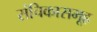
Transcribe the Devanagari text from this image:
संचिकासमूह